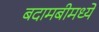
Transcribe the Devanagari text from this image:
बदामबीमध्ये